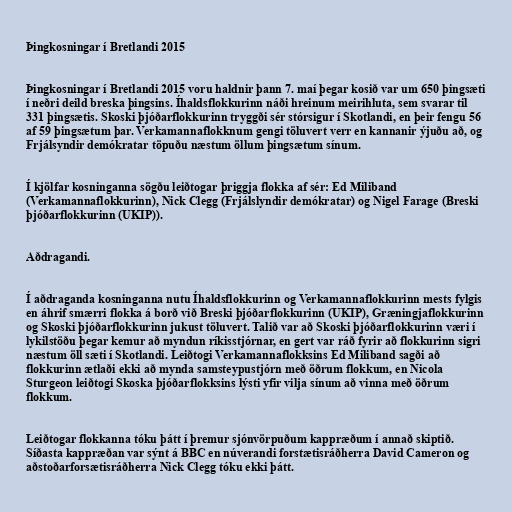
Þingkosningar í Bretlandi 2015

Þingkosningar í Bretlandi 2015 voru haldnir þann 7. maí þegar kosið var um 650 þingsæti
í neðri deild breska þingsins. Íhaldsflokkurinn náði hreinum meirihluta, sem svarar til
331 þingsætis. Skoski þjóðarflokkurinn tryggði sér stórsigur í Skotlandi, en þeir fengu 56
af 59 þingsætum þar. Verkamannaflokknum gengi töluvert verr en kannanir ýjuðu að, og
Frjálsyndir demókratar töpuðu næstum öllum þingsætum sínum.

Í kjölfar kosninganna sögðu leiðtogar þriggja flokka af sér: Ed Miliband
(Verkamannaflokkurinn), Nick Clegg (Frjálslyndir demókratar) og Nigel Farage (Breski
þjóðarflokkurinn (UKIP)).

Aðdragandi.

Í aðdraganda kosninganna nutu Íhaldsflokkurinn og Verkamannaflokkurinn mests fylgis
en áhrif smærri flokka á borð við Breski þjóðarflokkurinn (UKIP), Græningjaflokkurinn
og Skoski þjóðarflokkurinn jukust töluvert. Talið var að Skoski þjóðarflokkurinn væri í
lykilstöðu þegar kemur að myndun ríkisstjórnar, en gert var ráð fyrir að flokkurinn sigri
næstum öll sæti í Skotlandi. Leiðtogi Verkamannaflokksins Ed Miliband sagði að
flokkurinn ætlaði ekki að mynda samsteypustjórn með öðrum flokkum, en Nicola
Sturgeon leiðtogi Skoska þjóðarflokksins lýsti yfir vilja sínum að vinna með öðrum
flokkum.

Leiðtogar flokkanna tóku þátt í þremur sjónvörpuðum kappræðum í annað skiptið.
Síðasta kappræðan var sýnt á BBC en núverandi forstætisráðherra David Cameron og
aðstoðarforsætisráðherra Nick Clegg tóku ekki þátt.